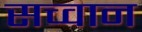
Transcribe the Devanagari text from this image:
सच्वान